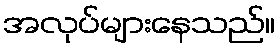
အလုပ်များနေသည်။